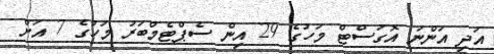
އަދި އަންނަ އޮގަސްޓް މަހުގެ 29 އިން ސެޕްޓެމްބަރު މަހުގެ 7 އަށް